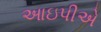
આઇપીએ